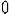
0